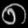
Digit: ၈